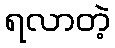
ရလာတဲ့